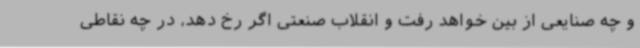
و چه صنایعی از بین خواهد رفت و انقلاب صنعتی اگر رخ دهد، در چه نقاطی